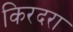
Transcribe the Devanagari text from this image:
किरदरा